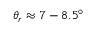
\theta _ { r } \approx 7 - 8 . 5 ^ { \circ }